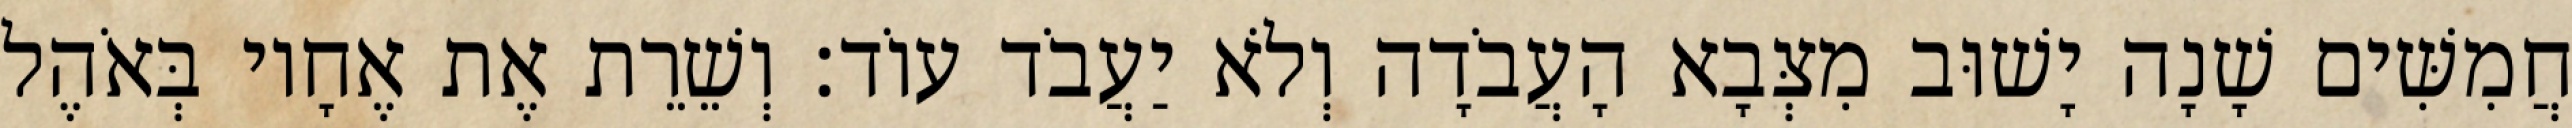
חֲמִשִּׁים שָׁנָה יָשׁוּב מִצְּבָא הָעֲבֹדָה וְלֹא יַעֲבֹד עוֹד׃ וְשֵׁרֵת אֶת אֶחָיו בְּאֹהֶל